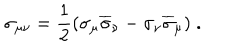
\sigma _ { \mu \nu } = \frac 1 2 ( \sigma _ { \mu } \overline { { { \sigma } } } _ { \nu } - \sigma _ { \nu } \overline { { { \sigma } } } _ { \mu } ) \; .